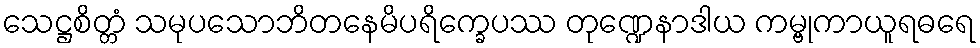
သေဋ္ဌစိတ္တံ သမုပသောဘိတနေမိပရိက္ခေပဿ တုဏ္ဍေနာဒါယ ကမ္ဗုကာယူရဓရေ